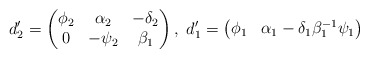
\begin{align*}d'_2=\begin{pmatrix}\phi_2&\alpha_2 &-\delta_2\\0&-\psi_2 &\beta_1\end{pmatrix}, \ d'_1=\begin{pmatrix}\phi_1 & \alpha_1-\delta_1\beta^{-1}_1\psi_1\end{pmatrix}\end{align*}